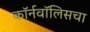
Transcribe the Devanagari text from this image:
कॉर्नवॉलिसचा